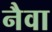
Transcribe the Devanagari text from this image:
नैवा